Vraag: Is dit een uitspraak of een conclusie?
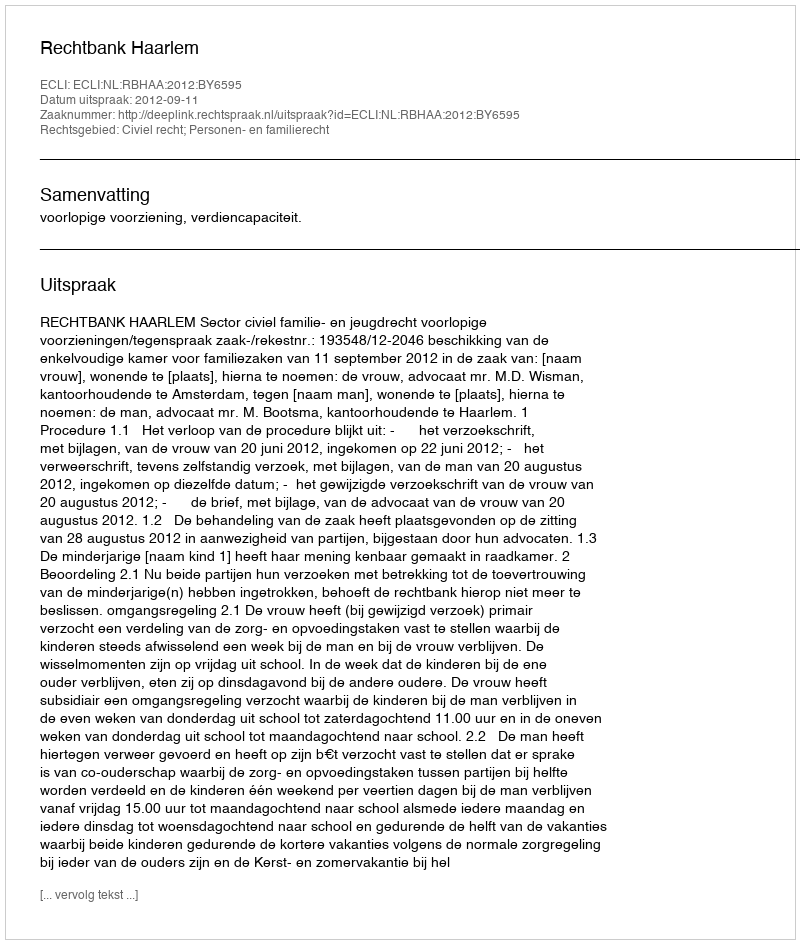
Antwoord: Uitspraak